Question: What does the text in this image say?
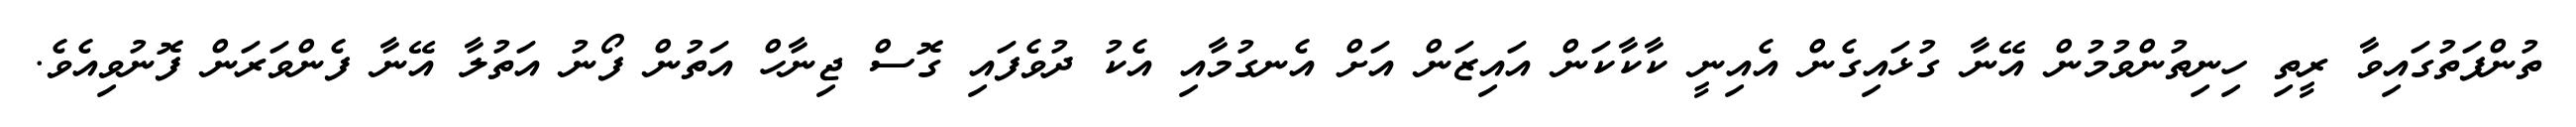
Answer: ތުންފަތުގައިވާ ރީތި ހިނިތުންވުމުން އޭނާ ގުޅައިގެން އެއިނީ ކާކާކަން އައިޒަން އަށް އެނގުމާއި އެކު ދުވެފައި ގޮސް ޖިނާހް އަތުން ފޯނު އަތުލާ އޭނާ ފެންވަރަން ފޮނުވިއެވެ.